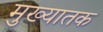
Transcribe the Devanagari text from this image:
मुख्यातक